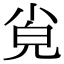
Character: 㝸